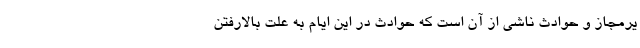
یرمجاز و حوادث ناشی از آن است که حوادث در این ایام به علت بالارفتن